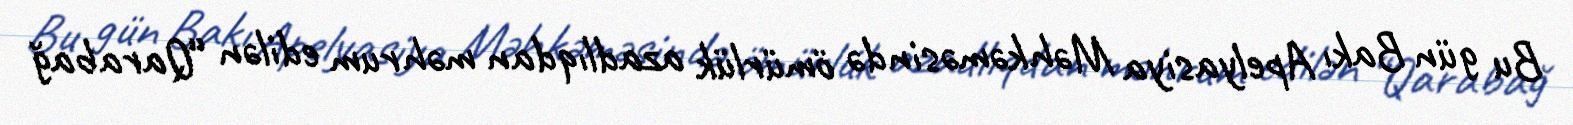
Bu gün Bakı Apelyasiya Məhkəməsində ömürlük azadlıqdan məhrum edilən “Qarabağ